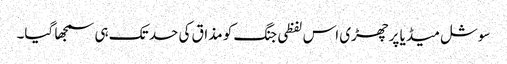
سوشل میڈیا پر چھڑی اس لفظی جنگ کو مذاق کی حد تک ہی سمجھا گیا۔